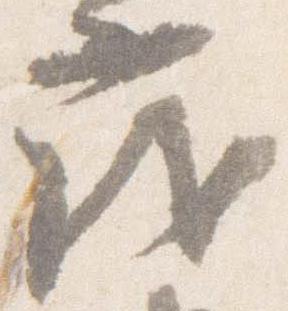
茂